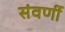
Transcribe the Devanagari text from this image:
संवर्णी